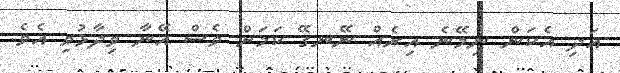
އަދި އެކަން ނިމޭނެ އިރެއް ނޭނގޭ ކަމަށް ވެސް އޭނާ ވިދާޅުވި އެވެ.